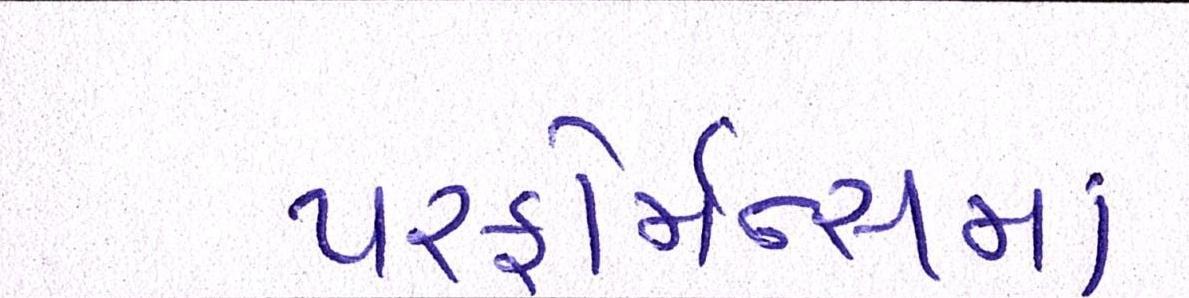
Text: પરફોર્મન્સમાં